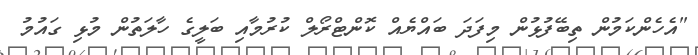
"އެހެންކަމުން ތިބޭފުޅުން މިފަދަ ބައްޔެއް ކޮންޓްރޯލް ކުރުމާއި ބަލީގެ ހާލަތުން މުޅި ގައުމު